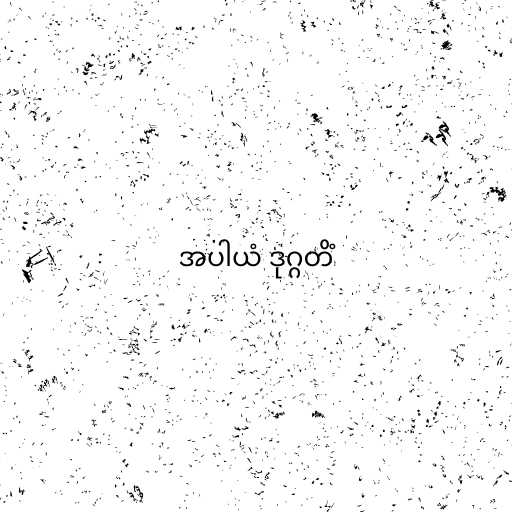
အပါယံ ဒုဂ္ဂတိံ